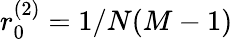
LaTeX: r_{0}^{(2)}=1/N(M-1)